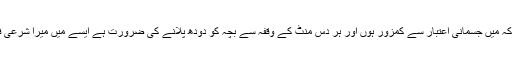
یہ واضح رہے کہ میں جسمانی اعتبار سے کمزور ہوں اور ہر دس منٹ کے وقفہ سے بچہ کو دودھ پلانے کی ضرورت ہے ایسے میں میرا شرعی فریضہ کیا ہے؟